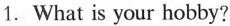
1.What is your hobby?